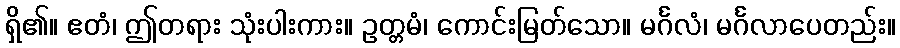
ရှိ၏။ ဧတံ၊ ဤတရား သုံးပါးကား။ ဥတ္တမံ၊ ကောင်းမြတ်သော။ မင်္ဂလံ၊ မင်္ဂလာပေတည်း။